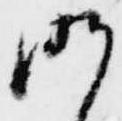
昨